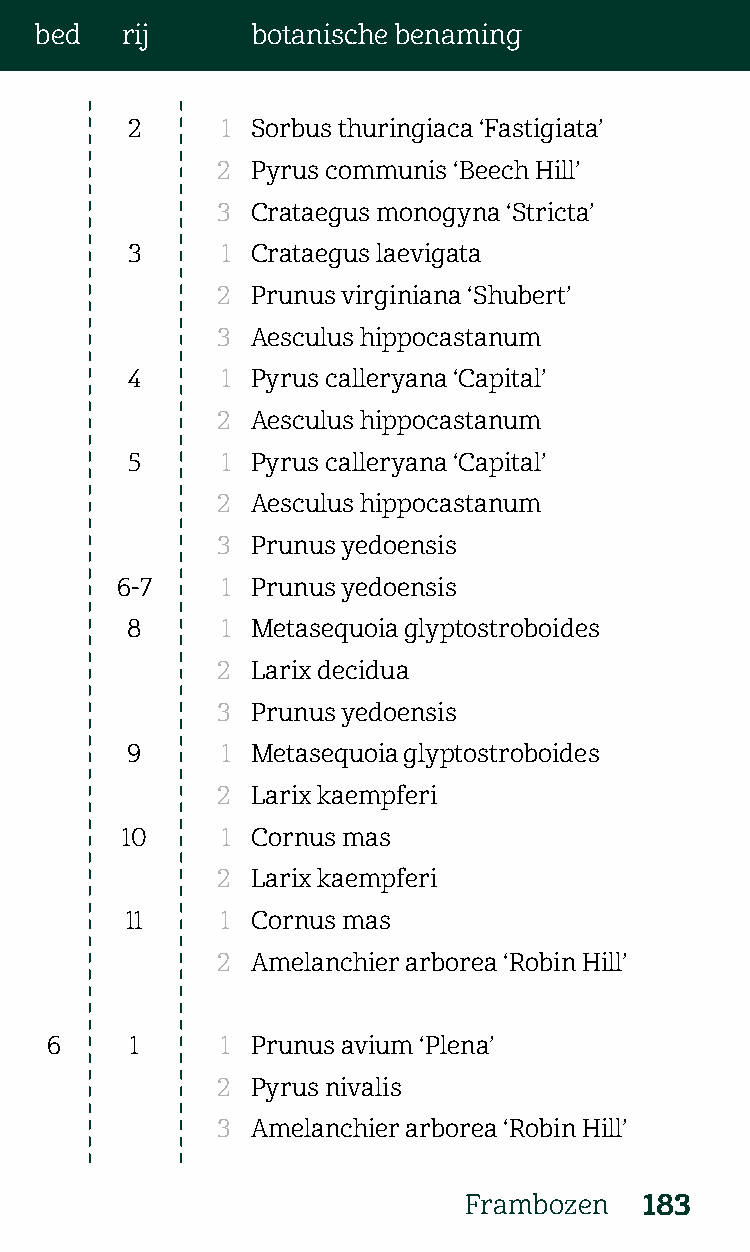
bed   rij      botanische benaming
 2      1 Sorbus thuringiaca ‘Fastigiata’
 2  Pyrus communis ‘Beech Hill’
 3  Crataegus monogyna ‘Stricta’
 3      1 Crataegus laevigata
 2  Prunus virginiana ‘Shubert’
 3  Aesculus hippocastanum
 4      1 Pyrus calleryana ‘Capital’
 2  Aesculus hippocastanum
 5      1 Pyrus calleryana ‘Capital’
 2  Aesculus hippocastanum
 3  Prunus yedoensis
 6-7    1 Prunus yedoensis
 8      1 Metasequoia glyptostroboides
 2  Larix decidua
 3  Prunus yedoensis
 9      1 Metasequoia glyptostroboides
 2  Larix kaempferi
 10     1 Cornus mas
 2  Larix kaempferi
 11     1 Cornus mas
 2  Amelanchier arborea ‘Robin Hill’
 6     1     1 Prunus avium ‘Plena’
 2  Pyrus nivalis
 3  Amelanchier arborea ‘Robin Hill’
 Frambozen   183